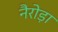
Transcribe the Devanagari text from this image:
नैरोड़ा